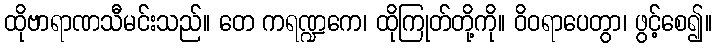
ထိုဗာရာဏသီမင်းသည်။ တေ ကရဏ္ဍကေ၊ ထိုကြုတ်တို့ကို။ ဝိဝရာပေတွာ၊ ဖွင့်စေ၍။